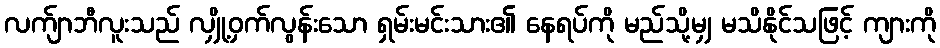
လက်ျာဘီလူးသည် လျှို့ဝှက်လွန်းသော ရှမ်းမင်းသား၏ နေရပ်ကို မည်သို့မျှ မသိနိုင်သဖြင့် ကျားကို